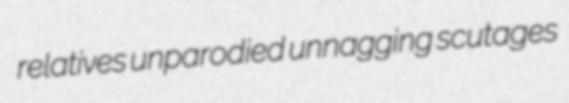
relatives unparodied unnagging scutages